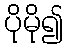
ပိုမို၍